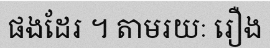
ផងដែរ ។ តាមរយៈ រឿង